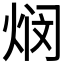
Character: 𬊖